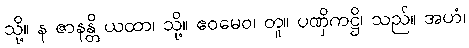
သို့။ န ဇာနန္တိ ယထာ၊ သို့။ ဧဝမေဝ၊ တူ။ ပဏှိကဋ္ဌိ၊ သည်။ အဟံ၊